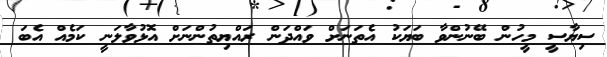
ސިޔާސީ މީހުން ބޭނުންވާ ބަޔަކު އެތަނަށް ވައްދަން ރައްޔިތުންނަށް އޮޅުވާލަނީ ކަމެއް އެބަ